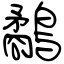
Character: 鷸